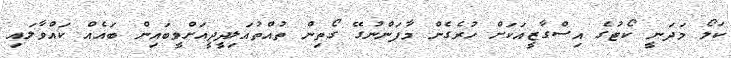
ކަލޯ މަދަނީ ކޯޓުގެ އިސްގާޒީއަކަށް ހުރެގެން މާފަންނުގޭ ގޯތިން ތުއްތުއަލިދީދީއަށްވީބައިން ބައެއް ކައްވާލައި